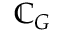
{ \mathbb { C } } _ { G }